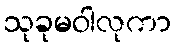
သုခုမဝါလုကာ